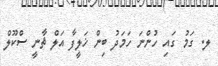
ލ. ގަމު ގައި ހުންނަ ހަމަދު ބިން ޚަލީފާ އަލް ޘާނީ ސްކޫލް